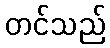
တင်သည်